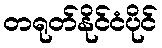
တရုတ်နိုင်ငံပိုင်